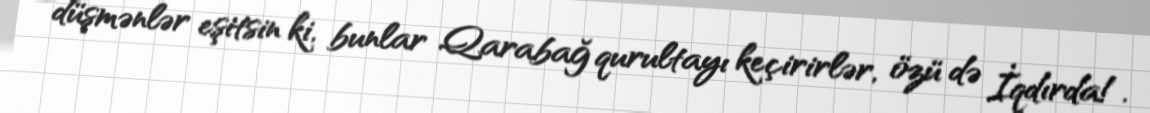
düşmənlər eşitsin ki, bunlar Qarabağ qurultayı keçirirlər, özü də İqdırda!.